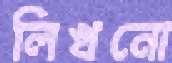
লিখনো